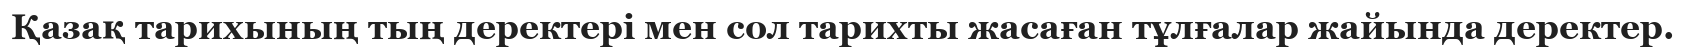
Қазақ тарихының тың деректері мен сол тарихты жасаған тұлғалар жайында деректер.